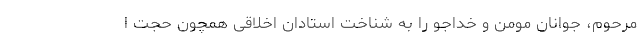
مرحوم، جوانان مومن و خداجو را به شناخت استادان اخلاقی همچون حجت ا